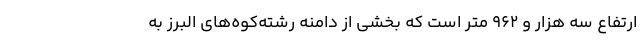
ارتفاع سه هزار و ۹۶۲ متر است که بخشی از دامنه رشته‌کوه‌های البرز به